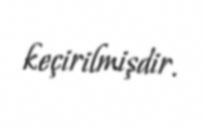
keçirilmişdir.